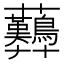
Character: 𧆚